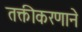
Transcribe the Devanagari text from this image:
तक्तीकरणाने